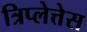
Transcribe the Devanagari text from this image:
त्रिप्लेत्तेस